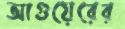
আগুয়েরের